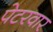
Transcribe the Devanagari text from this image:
पेटरवार